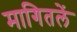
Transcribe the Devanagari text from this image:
मागितलें